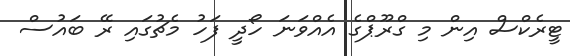
ޓީރެކްސް އިން މި ގްރޫޕްގެ އެއްވަނަ ހޯދީ ފަހު މެޗުގައި ރޭ ބައުސް